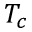
T _ { c }